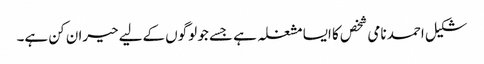
شکیل احمد نامی شخص کا ایسا مشغلہ ہے جسے جو لوگوں کےلیے حیران کن ہے۔